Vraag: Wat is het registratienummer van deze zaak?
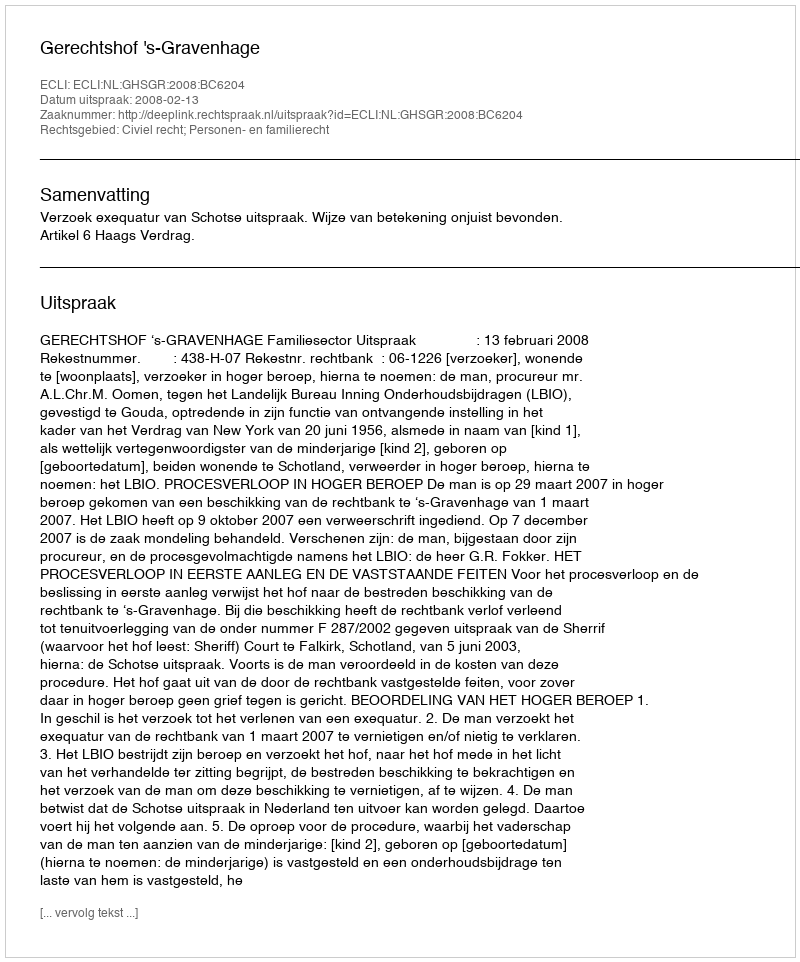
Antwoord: http://deeplink.rechtspraak.nl/uitspraak?id=ECLI:NL:GHSGR:2008:BC6204